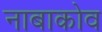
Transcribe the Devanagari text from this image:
नाबाकोव